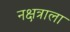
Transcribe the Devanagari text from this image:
नक्षत्राला